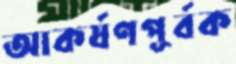
আকর্ষণপূর্বক